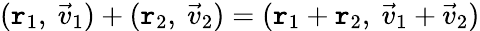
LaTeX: (\mathtt{r}_{1},\ {\vec{{v}}}_{1})+(\mathtt{r}_{2},\ {\vec{{v}}}_{2})=(\mathtt{r}_{1}+\mathtt{r}_{2},\ {\vec{{v}}}_{1}+{\vec{{v}}}_{2})